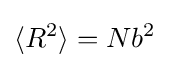
\langle R^{2}\rangle =Nb^{2}